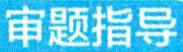
审题指导